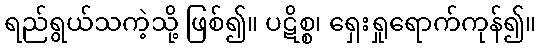
ရည်ရွယ်သကဲ့သို့ ဖြစ်၍။ ပဋိစ္စ၊ ရှေးရှုရောက်ကုန်၍။